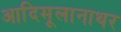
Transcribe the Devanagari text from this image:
आदिमूलानाथर